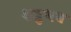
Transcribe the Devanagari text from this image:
शत्रुभय